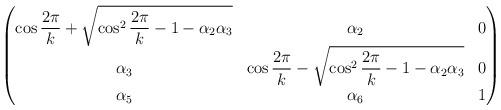
LaTeX: \begin{align*} \begin{pmatrix}\displaystyle\cos\frac{2\pi}{k} + \sqrt{\cos^2\frac{2\pi}{k} - 1- \alpha_{2} \alpha_{3}}&\alpha_2&0\\\alpha_3&\displaystyle\cos\frac{2\pi}{k} - \sqrt{\cos^2\frac{2\pi}{k} - 1- \alpha_{2} \alpha_{3}}&0\\\alpha_5&\alpha_6&1\end{pmatrix}\end{align*}